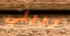
لبيتي